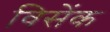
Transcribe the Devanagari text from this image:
विसेंक